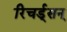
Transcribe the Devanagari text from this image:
रिचर्ड्‌सन्‌